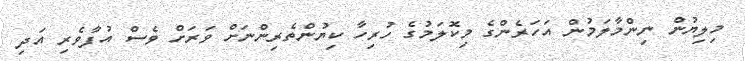
މިލިޔުން ނިންމާލަމުން އަހަރެންގެ މިކޮލަމުގެ ހުރިހާ ކިޔުންތެރިންނަށް ވަރަށް ވެސް އުފާވެރި އަދި